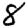
Digit: 8